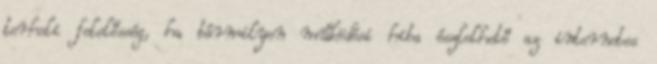
terheli felelősség, ha bármilyen működési hiba észlelhető az internetes